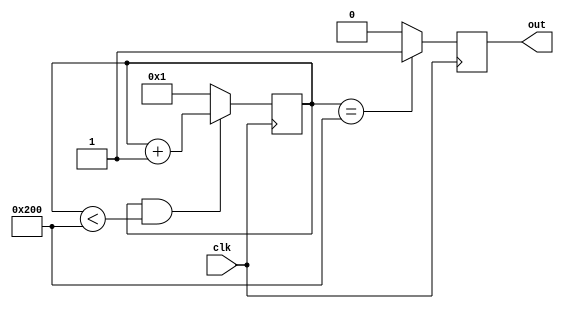
`timescale 1ns/1ps


module ClockDiv7Seg #(
    parameter N = 10,
    parameter M = 2 ** 9 // M < 2 ** N
)(
    input clk,
    output reg out
);
    reg [N-1:0] counter=0; //this init value is for simulation
    always @(posedge clk) begin
        out <= (counter == M) ? 1'b1 : 1'b0;
        counter <= (counter && counter < M) ? counter + 1 : 1;
    end
endmodule


module DisplayScore (
    input clk, rst,
    input signed [15:0] value,
    output reg [7:0] an,
    output reg [6:0] pin // no dp
);
    wire cd;
    ClockDiv7Seg #(.N(18), .M(2 ** 17)) gen_cd (.clk(clk), .out(cd));

    reg [3:0] used_num;
    reg [6:0] next_pin;
    wire [15:0] abs_value;
    assign abs_value = (value<0) ? -value : value;

    always @(posedge clk)
        if (rst) begin
            an <= 8'b1111_1110;
            pin <= 7'b111_111_1;
        end
        else begin
            an <= cd ? {an[6:0], an[7]} : an;
            pin <= cd ? next_pin : pin;
        end

    always @(*) 
        case ({an[6:0], an[7]}) 
            8'b1111_1110: used_num = (abs_value % 10);
            8'b1111_1101: used_num = (abs_value % 100 - abs_value % 10) / 10;
            8'b1111_1011: used_num = (abs_value % 1000 - abs_value % 100) / 100;
            8'b1111_0111: used_num = (abs_value % 10000 - abs_value % 1000) / 1000;
            8'b1110_1111: used_num = (abs_value % 100000 - abs_value % 10000) / 10000;
            8'b1101_1111: used_num = (abs_value % 1000000 - abs_value % 100000) / 100000;
            8'b1011_1111: used_num = (value[15] == 1) ? 4'd10 : 4'd11; // - or (empty)
            default: used_num = 4'd11; // (empty)
        endcase

    always @(*)
        case (used_num)
            4'h0: next_pin = 7'b000_000_1;
            4'h1: next_pin = 7'b100_111_1;
            4'h2: next_pin = 7'b001_001_0;
            4'h3: next_pin = 7'b000_011_0;
            4'h4: next_pin = 7'b100_110_0;
            4'h5: next_pin = 7'b010_010_0;
            4'h6: next_pin = 7'b010_000_0;
            4'h7: next_pin = 7'b000_111_1;
            4'h8: next_pin = 7'b000_000_0;
            4'h9: next_pin = 7'b000_010_0;
            4'ha: next_pin = 7'b111_111_0;
            default: next_pin = 7'b111_111_1;
        endcase 
endmodule